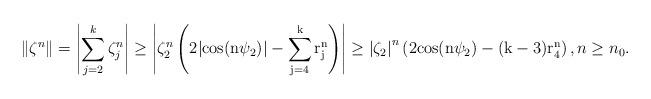
LaTeX: \begin{align*} \Vert \zeta^{n}\Vert = \left\vert \sum_{j=2}^{k} \zeta_{j}^{n}\right\vert \geq \left\vert\zeta_{2}^{n}\left(2 \vert\rm{cos}(n\psi_{2})\vert-\sum_{j=4}^{k} r_{j}^{n}\right)\right\vert\geq \left\vert\zeta_{2}\right\vert^{n}\left(2 \rm{cos}(n\psi_{2})-(k-3)r_{4}^{n}\right), n\geq n_{0}.\end{align*}